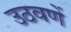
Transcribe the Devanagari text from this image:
उठवणें